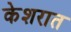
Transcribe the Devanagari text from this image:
केशरात